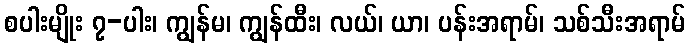
စပါးမျိုး ၇-ပါး၊ ကျွန်မ၊ ကျွန်ထီး၊ လယ်၊ ယာ၊ ပန်းအရာမ်၊ သစ်သီးအရာမ်